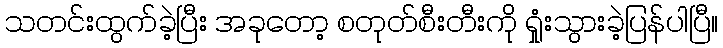
သတင်းထွက်ခဲ့ပြီး အခုတော့ စတုတ်စီးတီးကို ရှုံးသွားခဲ့ပြန်ပါပြီ။